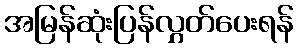
အမြန်ဆုံးပြန်လွှတ်ပေးရန်